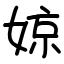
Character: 婛